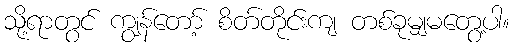
သို့ရာတွင် ကျွန်တော့် စိတ်တိုင်းကျ တစ်ခုမျှမတွေ့ပါ။